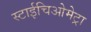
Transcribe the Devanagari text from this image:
स्टाईचिओमेट्रा